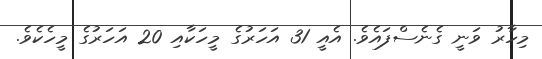
މިހާރު ވަނީ ގެނެސްފައެވެ. އެއީ 31 އަހަރުގެ މީހަކާއި 20 އަހަރުގެ މީހެކެވެ.